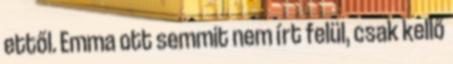
ettől. Emma ott semmit nem írt felül, csak kellő